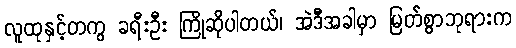
လူထုနှင့်တကွ ခရီးဦး ကြိုဆိုပါတယ်၊ အဲဒီအခါမှာ မြတ်စွာဘုရားက